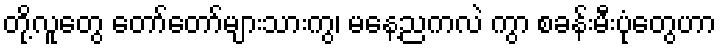
တို့လူတွေ တော်တော်များသားကွ၊ မနေ့ညကလဲ ကွာ စခန်းမီးပုံတွေဟာ